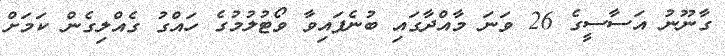
ގާނޫނު އަސާސީގެ 26 ވަނަ މާއްދާގައި ބުނެފައިވާ ވޯޓުލުމުގެ ހައްގު ގެއްލިގެން ކަމަށް